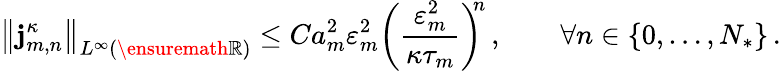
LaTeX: \bigl\| \mathbf{j}_{m,n}^{\kappa}\bigr\| _{L^{\infty}(\ensuremath{\mathbb{R}})}\leq Ca_{m}^{2}\varepsilon_{m}^{2}\biggl(\frac{\varepsilon_{m}^{2}}{\kappa\tau_{m}}\biggr)^{\! \! n}\, ,\qquad\forall n\in\{ 0,\ldots,N_{*}\} \, .